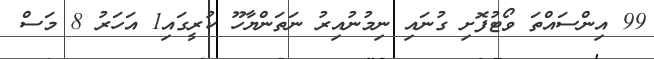
99 އިންސައްތަ ވޯޓުފޮށި ގުނައި ނިމުނުއިރު ނަތަންޔާހޫ ކުރީގައި1 އަހަރު 8 މަސް